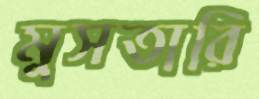
মুসতারি